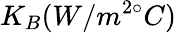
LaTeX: K_{B}(W/m^{2\circ}C)